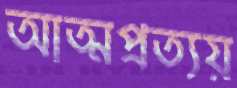
আত্মপ্রত্যয়